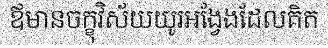
ឪមានចក្ខុវិស័យយូរអង្វែងដែលគិត